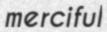
merciful